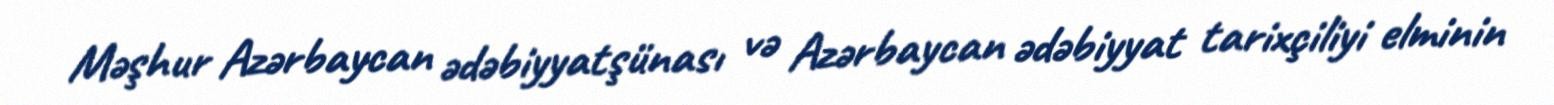
Məşhur Azərbaycan ədəbiyyatşünası və Azərbaycan ədəbiyyat tarixçiliyi elminin